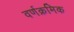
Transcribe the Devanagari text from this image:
वर्णक्रमिक